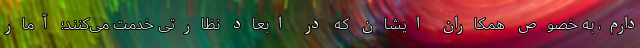
دارم، به خصوص همکاران ایشان که در ابعاد نظارتی خدمت می‌کنند؛ آمار